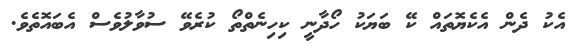
އެކު ދެން އެކެޔޮތައް ކޭ ބަޔަކު ހޯދާނީ ކިހިނެތްތޯ ކުރެވޭ ސުވާލުވެސް އެބައޮތެވެ.